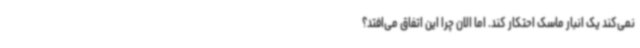
نمی‌کند یک انبار ماسک احتکار کند. اما الان چرا این اتفاق می‌افتد؟